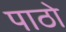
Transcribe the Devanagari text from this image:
पाठो